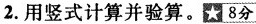
2.用竖式计算并验算。★8分